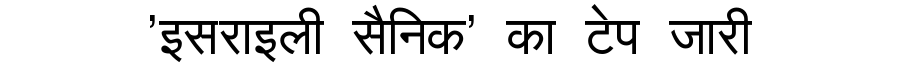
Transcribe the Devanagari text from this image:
'इसराइली सैनिक' का टेप जारी